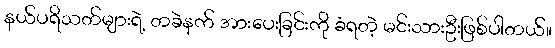
နယ်ပရိသတ်များရဲ့ တခဲနက် အားပေးခြင်းကို ခံရတဲ့ မင်းသားဦးဖြစ်ပါတယ်။